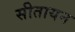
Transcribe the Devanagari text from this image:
सीतायन